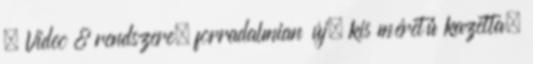
– Video 8 rendszere, forradalmian új, kis méretű kazetta,